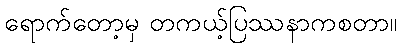
ရောက်တော့မှ တကယ့်ပြဿနာကစတာ။